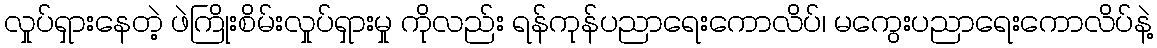
လှုပ်ရှားနေတဲ့ ဖဲကြိုးစိမ်းလှုပ်ရှားမှု ကိုလည်း ရန်ကုန်ပညာရေးကောလိပ်၊ မကွေးပညာရေးကောလိပ်နဲ့